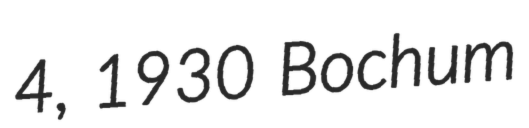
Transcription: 4, 1930 Bochum